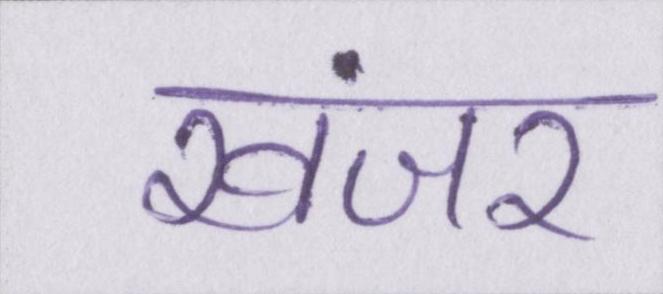
खंजर